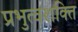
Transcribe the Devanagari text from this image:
प्रभुत्वशक्ति